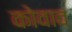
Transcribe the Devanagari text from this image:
कोवाव